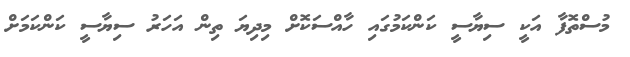
މުސްތޮފާ އަކީ ސިޔާސީ ކަންކަމުގައި ހާއްސަކޮށް މިދިޔަ ތިން އަހަރު ސިޔާސީ ކަންކަމަށް